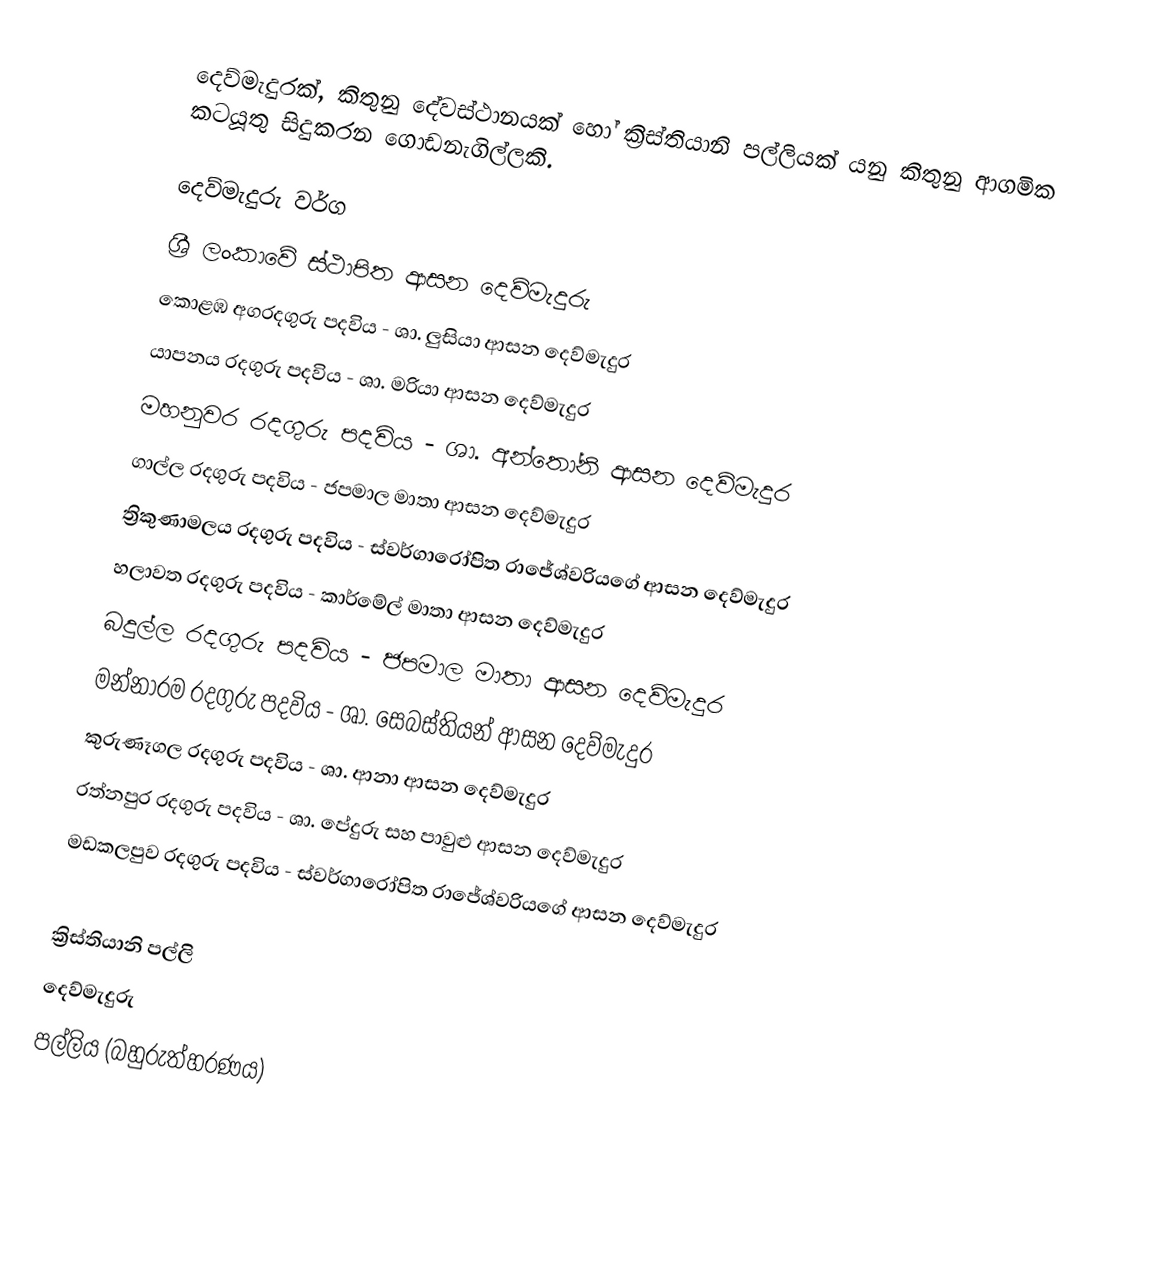
දෙව්මැදුරක්, කිතුනු දේවස්ථානයක් හෝ ක්‍රිස්තියානි පල්ලියක් යනු කිතුනු ආගමික කටයූතු සිදුකරන ගොඩනැගිල්ලකි.

දෙව්මැදුරු වර්ග
 ශ්‍රී ලංකාවේ ස්ථාපිත ආසන දෙව්මැදුරු
 කොළඹ අගරදගුරු පදවිය - ශා. ලුසියා ආසන දෙව්මැදුර
 යාපනය රදගුරු පදවිය - ශා. මරියා ආසන දෙව්මැදුර
 මහනුවර රදගුරු පදවිය - ශා. අන්තෝනි ආසන දෙව්මැදුර
 ගාල්ල රදගුරු පදවිය - ජපමාල මාතා ආසන දෙව්මැදුර
 ත්‍රිකුණාමලය රදගුරු පදවිය - ස්වර්ගාරෝපිත රාජේශ්වරියගේ ආසන දෙව්මැදුර
 හලාවත රදගුරු පදවිය - කාර්මේල් මාතා ආසන දෙව්මැදුර
 බදුල්ල රදගුරු පදවිය - ජපමාල මාතා ආසන දෙව්මැදුර
 මන්නාරම රදගුරු පදවිය - ශා. සෙබස්තියන් ආසන දෙව්මැදුර
 කුරුණෑගල රදගුරු පදවිය - ශා. ආනා ආසන දෙව්මැදුර
 රත්නපුර රදගුරු පදවිය - ශා. පේදුරු සහ පාවුළු ආසන දෙව්මැදුර
 මඩකලපුව රදගුරු පදවිය - ස්වර්ගාරෝපිත රාජේශ්වරියගේ ආසන දෙව්මැදුර

ක්‍රිස්තියානි පල්ලි
දෙව්මැදුරු
පල්ලිය (බහුරුත්හරණය)